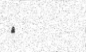
٦